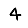
Digit: 4